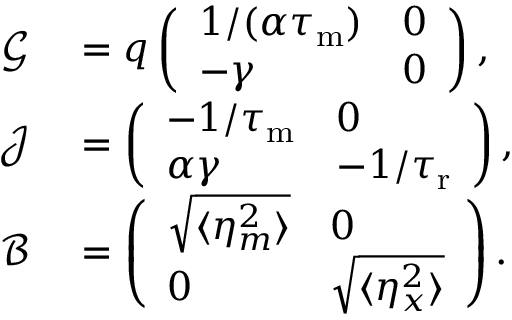
\begin{array} { r l } { \mathcal { G } } & { { } = q \left( \begin{array} { l l } { 1 / ( \alpha { \tau _ { \mathrm { m } } } ) } & { 0 } \\ { - \gamma } & { 0 } \end{array} \right) , } \\ { \mathcal { J } } & { { } = \left( \begin{array} { l l } { - 1 / { \tau _ { \mathrm { m } } } } & { 0 } \\ { \alpha \gamma } & { - 1 / { \tau _ { \mathrm { r } } } } \end{array} \right) , } \\ { \mathcal { B } } & { { } = \left( \begin{array} { l l } { \sqrt { \langle \eta _ { m } ^ { 2 } \rangle } } & { 0 } \\ { 0 } & { \sqrt { \langle \eta _ { x } ^ { 2 } \rangle } } \end{array} \right) . } \end{array}